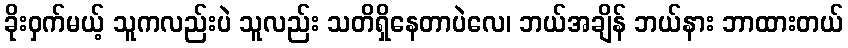
ခိုးဝှက်မယ့် သူကလည်းပဲ သူလည်း သတိရှိနေတာပဲလေ၊ ဘယ်အချိန် ဘယ်နား ဘာထားတယ်